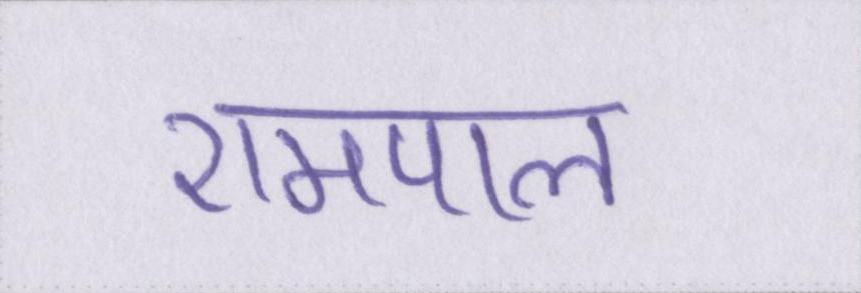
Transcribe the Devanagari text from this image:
रामपाल